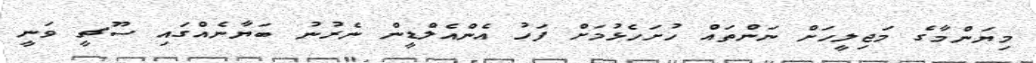
މިޔަންމާގެ މަޖިލީހަށް ނަންތައް ހުށަހެޅުމަށް ފަހު އެންއެލްޑީން ނެރުނު ބަޔާނެއްގައި ސޫޗީ ވަނީ